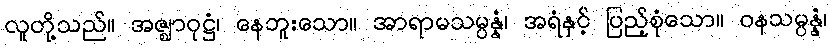
လူတို့သည်။ အဇ္ဈာဝုဋ္ဌံ၊ နေဘူးသော။ အာရာမသမ္ပန္နံ၊ အရံနှင့် ပြည့်စုံသော။ ဝနသမ္ပန္နံ၊